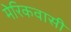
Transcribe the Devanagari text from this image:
मेरिकवासी